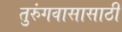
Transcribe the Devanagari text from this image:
तुरुंगवासासाठी